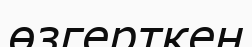
өзгерткен